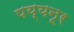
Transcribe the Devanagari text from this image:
पय्यनूर